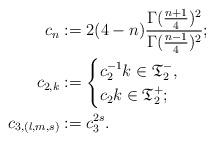
LaTeX: \begin{align*} c_n&:=2(4-n)\frac{\Gamma(\frac{n+1}{4})^2}{\Gamma (\frac{n-1}{4})^2}; \\c_{2,k}&:=\begin{cases} c_2^{-1}k\in\mathfrak{T}_2^{-}, \\ c_2k\in\mathfrak{T}_2^{+};\end{cases} \\c_{3,(l,m,s)}&:=c_3^{2s}. \end{align*}